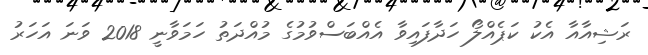
ރަޝިއާއާ އެކު ކަޕެއްލޯ ހަދާފައިވާ އެއްބަސްވުމުގެ މުއްދަތު ހަމަވާނީ 2018 ވަނަ އަހަރު